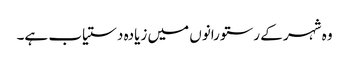
وہ شہر کے رستورانوں میں زیادہ دستیاب ہے۔